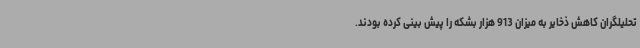
تحلیلگران کاهش ذخایر به میزان 913 هزار بشکه را پیش بینی کرده بودند.